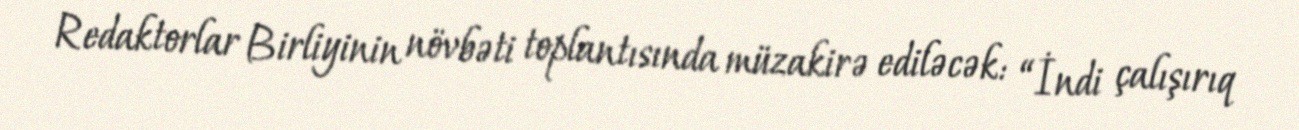
Redaktorlar Birliyinin növbəti toplantısında müzakirə ediləcək: “İndi çalışırıq